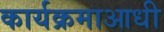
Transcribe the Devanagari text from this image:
कार्यक्रमाआधी